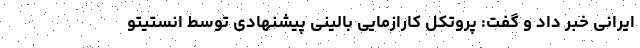
ایرانی خبر داد و گفت: پروتکل کارازمایی بالینی پیشنهادی توسط انستیتو